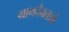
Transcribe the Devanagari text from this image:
ग्रामदैवताचे